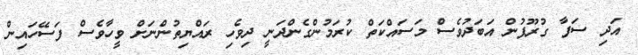
އަދި ސަފާ ގުރޫޕުން އަބަދުވެސް މަސައްކަތް ކުރަމުންގެންދަނީ ދިވެހި ރައްޔިތުންނަށް ވީހާވެސް ފަސޭހައިން